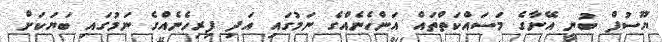
ޔޫސުފް ބުނީ އޭނާގެ މަސައްކަތްތައް އަންހެނެއްގެ ނަމުގައި އަދި ފިރިހެނެއްގެ ނަމުގައި ބަޔަކަށް